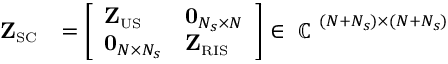
\begin{array} { r l } { \mathbf { Z } _ { \scriptscriptstyle \mathrm { S C } } } & { = \left[ \begin{array} { l l } { \mathbf { Z } _ { \scriptscriptstyle \mathrm { U S } } } & { { { \mathbf { 0 } _ { N _ { s } \times N } } } } \\ { { { \mathbf { 0 } _ { N \times N _ { s } } } } } & { \mathbf { Z } _ { \scriptscriptstyle \mathrm { R I S } } } \end{array} \right] \in \mathrm { ~ \mathbb { C } ~ } ^ { ( N + N _ { s } ) \times ( N + N _ { s } ) } } \end{array}